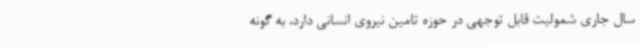
سال جاری شمولیت قابل توجهی در حوزه تامین نیروی انسانی دارد، به گونه